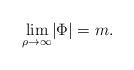
LaTeX: \begin{align*}\lim_{\rho\to\infty}\lvert\Phi\rvert = m.\end{align*}